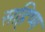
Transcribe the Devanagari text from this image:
सहिष्ण